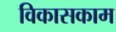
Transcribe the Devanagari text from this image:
विकासकाम